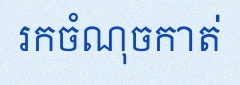
រកចំណុចកាត់